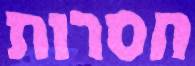
חסרות